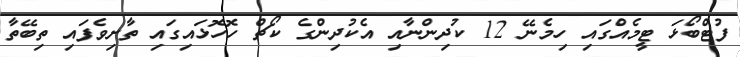
ފުޓްބޯޅަ ޓީމެއްގައި ހިމެނޭ 12 ކުދިންނާއި އެކުދިންގެ ކޯޗް ހޮހޮޅައިގައި ތާށިވެފައި ތިބޭތާ